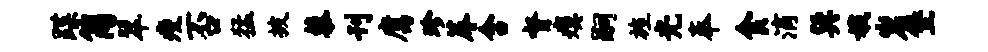
蹀简翠瘦否猛披藜刊腐珍蓐含督瘼嗣旌光奉食滴巽娥岩堡